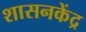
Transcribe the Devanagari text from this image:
शासनकेंद्र